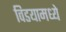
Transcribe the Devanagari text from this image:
विडयामध्ये